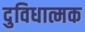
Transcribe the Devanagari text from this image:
दुविधात्मक